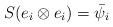
LaTeX: \begin{align*} S( e_i \otimes e_i ) = \bar{\psi}_i\end{align*}